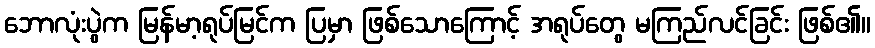
ဘောလုံးပွဲက မြန်မာ့ရုပ်မြင်က ပြမှာ ဖြစ်သောကြောင့် အရုပ်တွေ မကြည်လင်ခြင်း ဖြစ်၏။